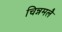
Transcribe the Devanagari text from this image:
चिन्नमलै